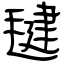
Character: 毽